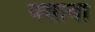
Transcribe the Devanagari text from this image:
यसावा